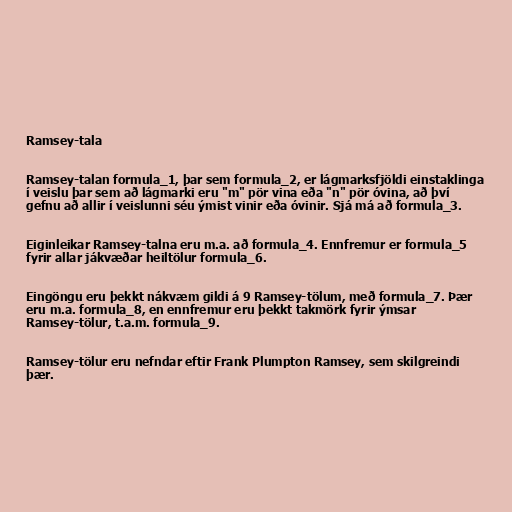
Ramsey-tala

Ramsey-talan formula_1, þar sem formula_2, er lágmarksfjöldi einstaklinga
í veislu þar sem að lágmarki eru "m" pör vina eða "n" pör óvina, að því
gefnu að allir í veislunni séu ýmist vinir eða óvinir. Sjá má að formula_3.

Eiginleikar Ramsey-talna eru m.a. að formula_4. Ennfremur er formula_5
fyrir allar jákvæðar heiltölur formula_6.

Eingöngu eru þekkt nákvæm gildi á 9 Ramsey-tölum, með formula_7. Þær
eru m.a. formula_8, en ennfremur eru þekkt takmörk fyrir ýmsar
Ramsey-tölur, t.a.m. formula_9.

Ramsey-tölur eru nefndar eftir Frank Plumpton Ramsey, sem skilgreindi
þær.